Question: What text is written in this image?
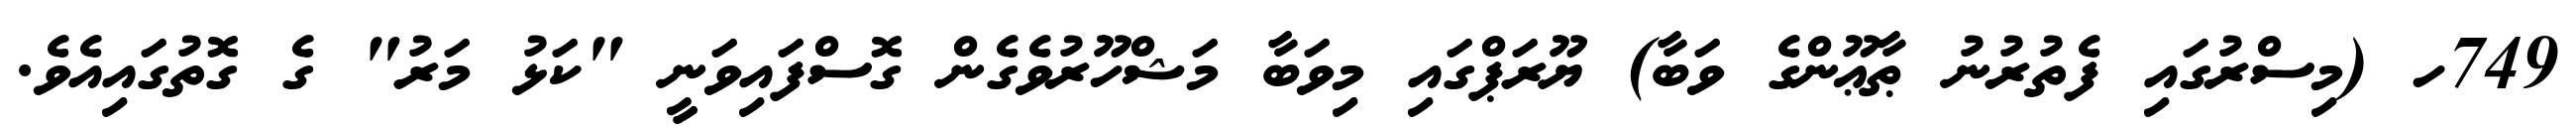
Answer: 749ހ (މިސްރުގައި ފެތުރުނު ޠާޢޫންގެ ވަބާ) ޔޫރަޕްގައި މިވަބާ މަޝްހޫރުވެގެން ގޮސްފައިވަނީ "ކަޅު މަރު" ގެ ގޮތުގައިއެވެ.